Scientific memoirs by medical officers of the Army of India - Part VIII,
Year: 1894
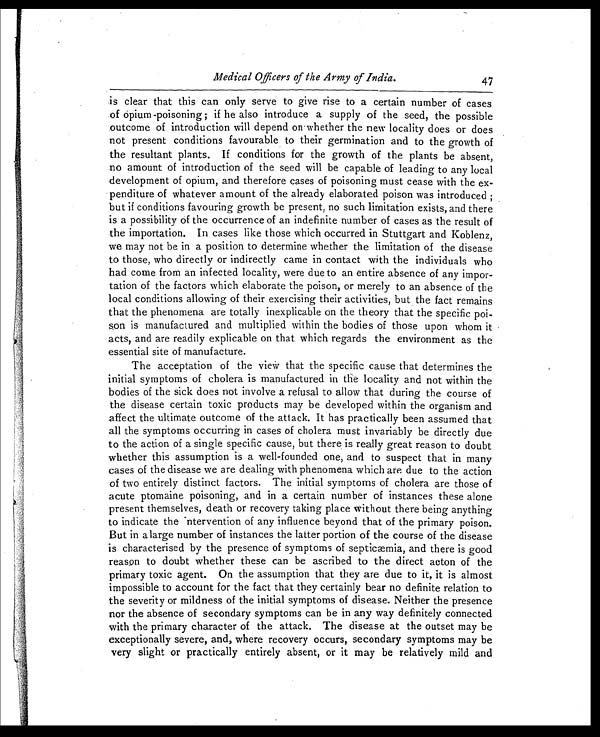
Medical Officers of the Army of India.
47
is clear that this can only serve to give rise to a certain number of cases
of opium -poisoning ; if he also introduce a supply of the seed, the possible
outcome of introduction will depend on whether the new locality does or does
not present conditions favourable to their germination and to the growth of
the resultant plants. If conditions for the growth of the plants be absent,
no amount of introduction of the seed will be capable of leading to any local
development of opium, and therefore cases of poisoning must cease with the ex-
penditure of whatever amount of the already elaborated poison was introduced ;
but if conditions favouring growth be present, no such limitation exists, and there
is a possibility of the occurrence of an indefinite number of cases as the result of
the importation. In cases like those which occurred in Stuttgart and Koblenz,
we may not be in a position to determine whether the limitation of the disease
to those, who directly or indirectly came in contact with the individuals who
had come from an infected locality, were due to an entire absence of any impor-
tation of the factors which elaborate the poison, or merely to an absence of the
local conditions allowing of their exercising their activities, but the fact remains
that the phenomena are totally inexplicable on the theory that the specific poi-
son is manufactured and multiplied within the bodies of those upon whom it
acts, and are readily explicable on that which regards the environment as the
essential site of manufacture.
The acceptation of the view that the specific cause that determines the
initial symptoms of cholera is manufactured in the locality and not within the
bodies of the sick does not involve a refusal to allow that during the course of
the disease certain toxic products may be developed within the organism and
affect the ultimate outcome of the attack. It has practically been assumed that
all the symptoms occurring in cases of cholera must invariably be directly due
to the action of a single specific cause, but there is really great reason to doubt
whether this assumption is a well-founded one, and to suspect that in many
cases of the disease we are dealing with phenomena which are due to the action
of two entirely distinct factors. The initial symptoms of cholera are those of
acute ptomaine poisoning, and in a certain number of instances these alone
present themselves, death or recovery taking place without there being anything
to indicate the intervention of any influence beyond that of the primary poison.
But in a large number of instances the latter portion of the course of the disease
is characterised by the presence of symptoms of septicæmia, and there is good
reason to doubt whether these can be ascribed to the direct acton of the
primary toxic agent. On the assumption that they are due to it, it is almost
impossible to account for the fact that they certainly bear no definite relation to
the severity or mildness of the initial symptoms of disease. Neither the presence
nor the absence of secondary symptoms can be in any way definitely connected
with the primary character of the attack. The disease at the outset may be
exceptionally severe, and, where recovery occurs, secondary symptoms may be
very slight or practically entirely absent, or it may be relatively mild and